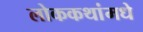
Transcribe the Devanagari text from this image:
लोककथांमधे